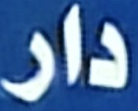
دار